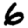
Digit: 6